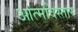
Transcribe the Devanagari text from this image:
आत्मविस्तार